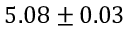
5 . 0 8 \pm 0 . 0 3